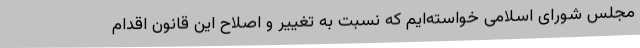
مجلس شورای اسلامی خواسته‌ایم که نسبت به تغییر و اصلاح این قانون اقدام